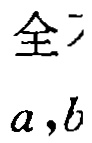
全,
\(a,b\)